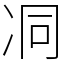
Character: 㓊